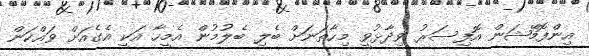
އިންފޮމޭޝަން އޮފިސަރު ވިދާޅުވީ މިހާތަނަށް ބެލި ބެލުމުން އެމީހާ އަކީ އެގެއަށް ވައްކަން